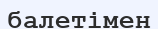
балетімен